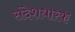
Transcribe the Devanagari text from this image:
संदेशधारक